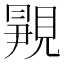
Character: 𬡿